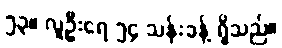
၅၃။ လူဦးရေ ၅၄ သန်းခန့် ရှိသည်။